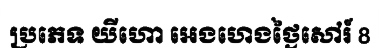
ប្រភេទ យីហោ អេងហេងថ្ងៃសៅរ៍ 8